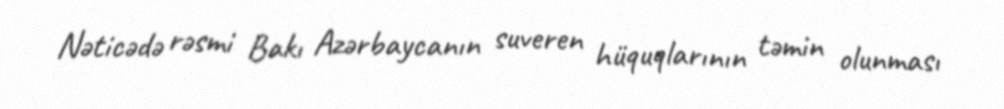
Nəticədə rəsmi Bakı Azərbaycanın suveren hüquqlarının təmin olunması